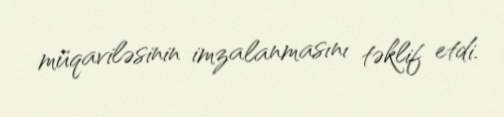
müqaviləsinin imzalanmasını təklif etdi.